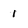
Character: 1